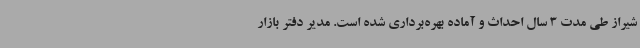
شیراز طی مدت 3 سال احداث و آماده بهره‌برداری شده است. مدیر دفتر بازار